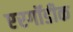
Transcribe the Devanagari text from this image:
एरगॉडीक